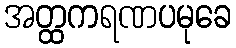
အတ္ထကရဏပမုခေ